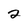
Character: 2